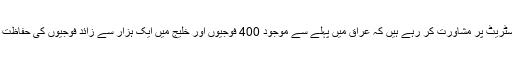
برطانیہ کے فوجی سربراہان ٹین ڈاؤننگ اسٹریٹ پر مشاورت کر رہے ہیں کہ عراق میں پہلے سے موجود 400 فوجیوں اور خلیج میں ایک ہزار سے زائد فوجیوں کی حفاظت کے لیے مزید فوجی بھیجے جائیں یا نہیں۔